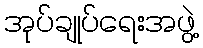
အုပ်ချုပ်ရေးအဖွဲ့